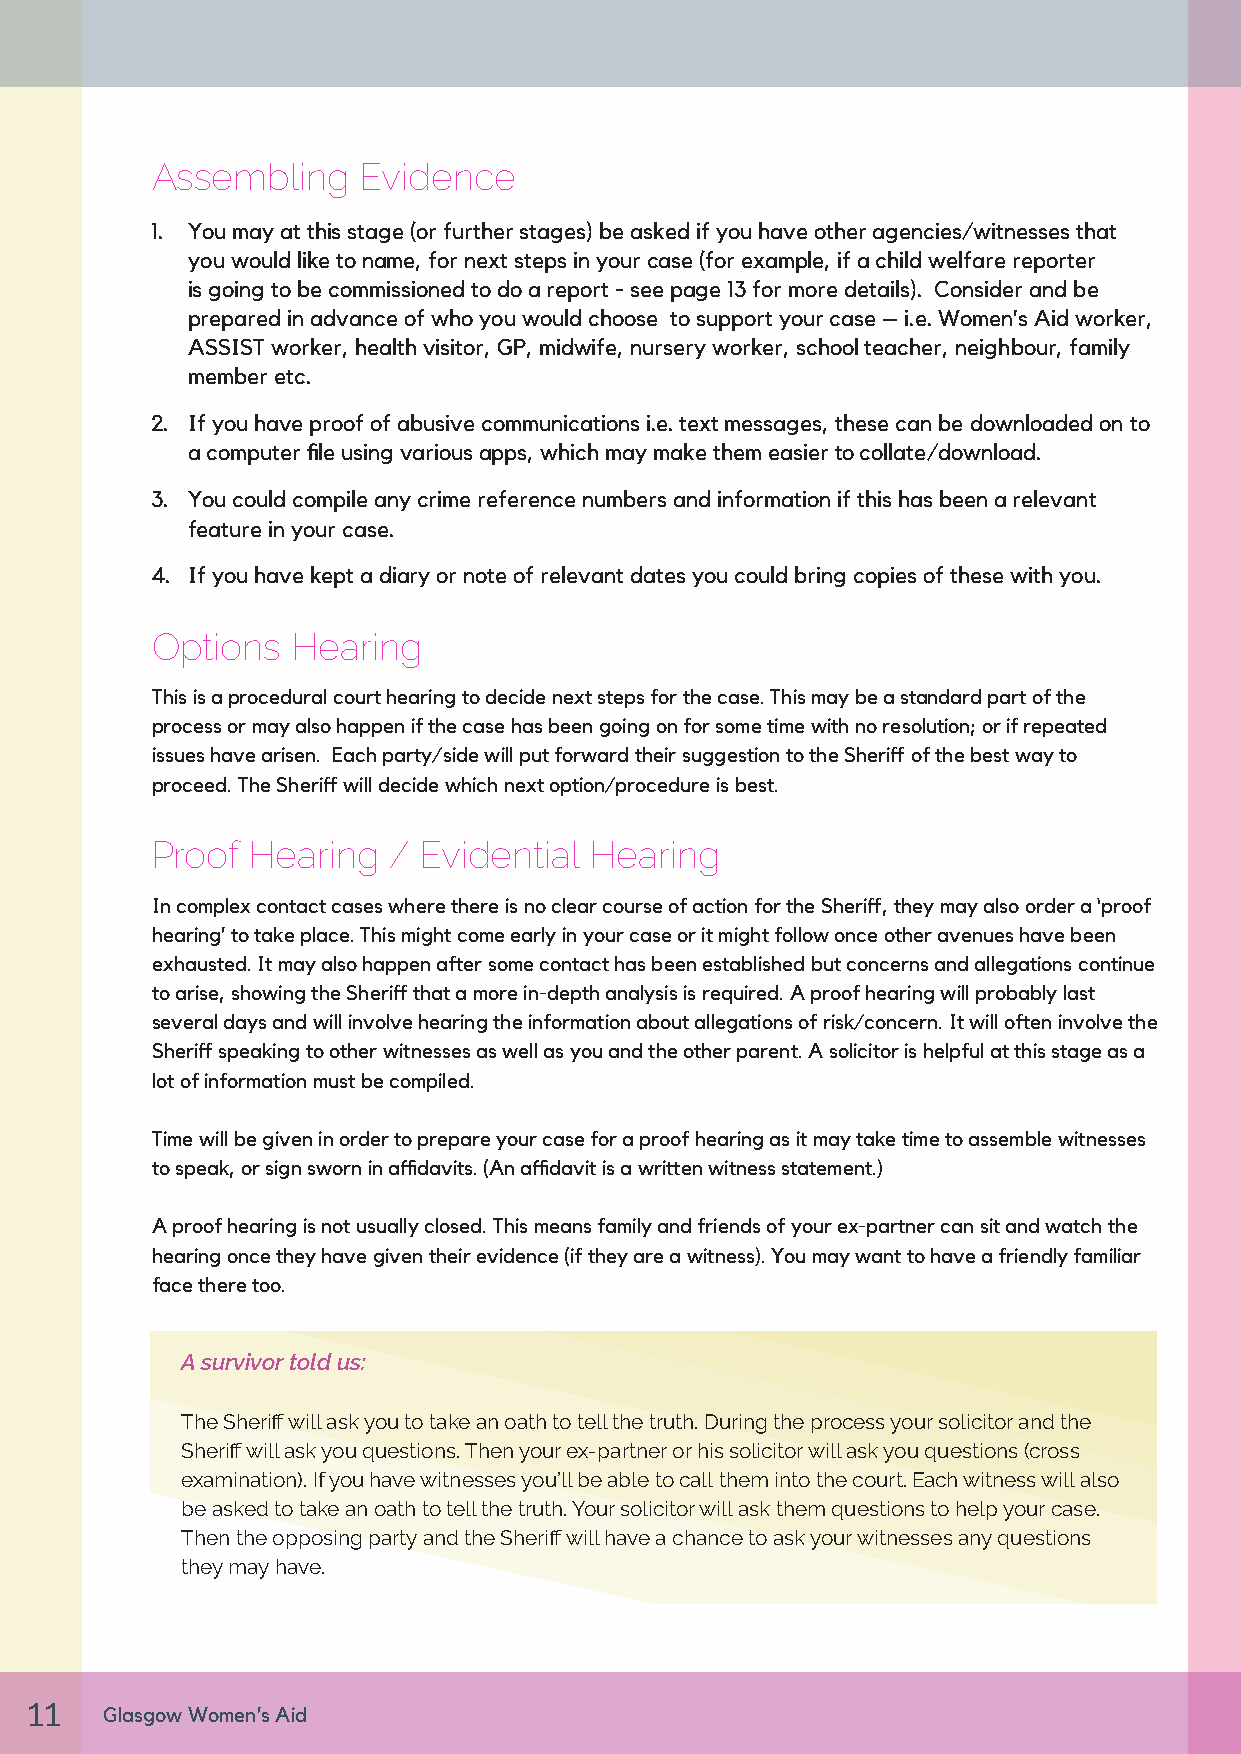
Assembling    Evidence
 1. You may at this stage (or further stages) be asked if you have other agencies/witnesses that
 you would like to name, for next steps in your case (for example, if a child welfare reporter
 is going to be commissioned to do a report - see page 13 for more details). Consider and be
 prepared in advance of who you would choose to support your case – i.e. Women’s Aid worker,
 ASSIST worker, health visitor, GP, midwife, nursery worker, school teacher, neighbour, family
 member etc.
 2. If you have proof of abusive communications i.e. text messages, these can be downloaded on to
 a computer file using various apps, which may make them easier to collate/download.
 3. You could compile any crime reference numbers and information if this has been a relevant
 feature in your case.
 4. If you have kept a diary or note of relevant dates you could bring copies of these with you.
 Options  Hearing
 This is a procedural court hearing to decide next steps for the case. This may be a standard part of the
 process or may also happen if the case has been going on for some time with no resolution; or if repeated
 issues have arisen. Each party/side will put forward their suggestion to the Sheriff of the best way to
 proceed. The Sheriff will decide which next option/procedure is best.
 Proof Hearing   / Evidential Hearing
 In complex contact cases where there is no clear course of action for the Sheriff, they may also order a ‘proof
 hearing’ to take place. This might come early in your case or it might follow once other avenues have been
 exhausted. It may also happen after some contact has been established but concerns and allegations continue
 to arise, showing the Sheriff that a more in-depth analysis is required. A proof hearing will probably last
 several days and will involve hearing the information about allegations of risk/concern. It will often involve the
 Sheriff speaking to other witnesses as well as you and the other parent. A solicitor is helpful at this stage as a
 lot of information must be compiled.
 Time will be given in order to prepare your case for a proof hearing as it may take time to assemble witnesses
 to speak, or sign sworn in affidavits. (An affidavit is a written witness statement.)
 A proof hearing is not usually closed. This means family and friends of your ex-partner can sit and watch the
 hearing once they have given their evidence (if they are a witness). You may want to have a friendly familiar
 face there too.
 A survivor told us:
 The Sheriff will ask you to take an oath to tell the truth. During the process your solicitor and the
 Sheriff will ask you questions. Then your ex-partner or his solicitor will ask you questions (cross
 examination). If you have witnesses you’ll be able to call them into the court. Each witness will also
 be asked to take an oath to tell the truth. Your solicitor will ask them questions to help your case.
 Then the opposing party and the Sheriff will have a chance to ask your witnesses any questions
 they may have.
 11
 Glasgow Women’s Aid